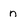
Character: n